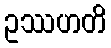
ဥဿဟတိ